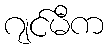
ဂျင်မီက